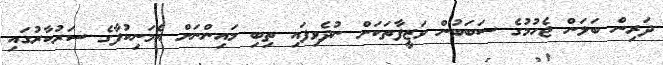
ދަރިން ބަލަން ޖެހުމުގެ ސަބަބުން ވަޒީފާތަކަށް ނުދެވިފައި ތިބި މައިންނަށް އެމަނިކުފާގެ ސަރުކާރުގައި